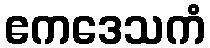
ဧကဒေသကံ